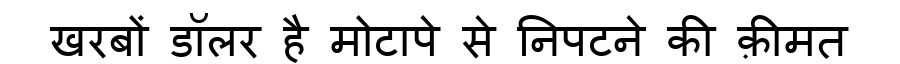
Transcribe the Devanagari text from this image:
खरबों डॉलर है मोटापे से निपटने की क़ीमत